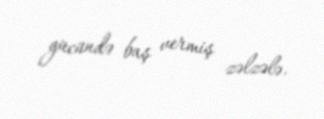
gücündə baş vermiş zəlzələ.